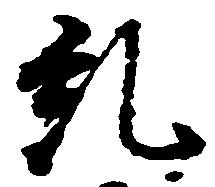
糺